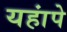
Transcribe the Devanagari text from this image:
यहांपे